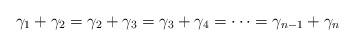
LaTeX: \begin{align*}\gamma_{1} + \gamma_{2} = \gamma_{2} + \gamma_{3} = \gamma_{3} + \gamma_{4} = \cdots = \gamma_{n-1} + \gamma_{n}\end{align*}